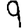
Digit: 9